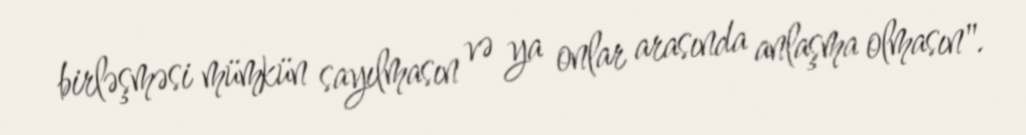
birləşməsi mümkün sayılmasın və ya onlar arasında anlaşma olmasın".